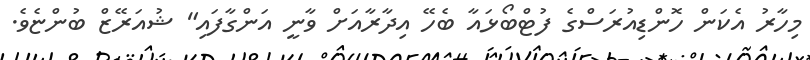
މިހާރު އެކަން ހޮންޑިއުރަސްގެ ފުޓްބޯޅައާ ބެހޭ އިދާރާއަށް ވާނީ އަންގާފައި" ޝުއަރޭޒް ބުންޏެވެ.